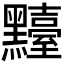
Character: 𪒴